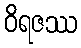
ဝိရဇဿ